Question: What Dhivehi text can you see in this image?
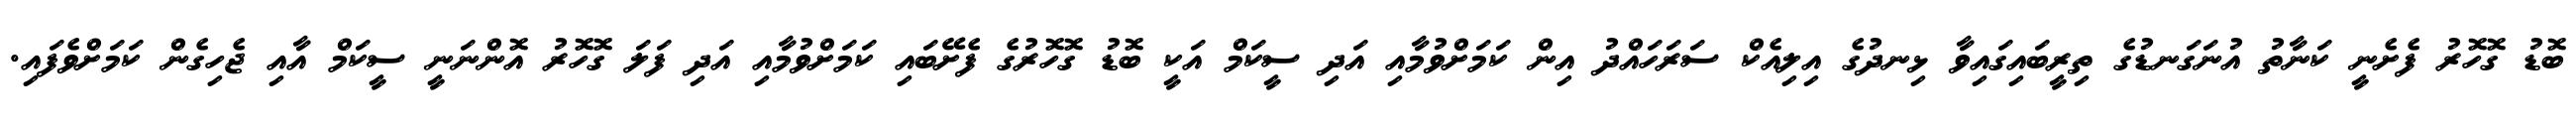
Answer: ބޮޑު ގޮހޮރު ފެށެނީ ކަނާތު އުނަގަނޑުގެ ތިރީބައިގައިވާ ޅިނދުގެ އިލިއެކް ސަރަހައްދު އިން ކަމަށްވުމާއި އަދި ސީކަމް އަކީ ބޮޑު ގޮހޮރުގެ ފެށޭބައި ކަމަށްވުމާއި އަދި ފަލަ ގޮހޮރު އޮންނަނީ ސީކަމް އާއި ޖެހިގެން ކަމަށްވެފައި.